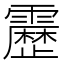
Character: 𮦷